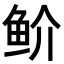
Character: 𬶇